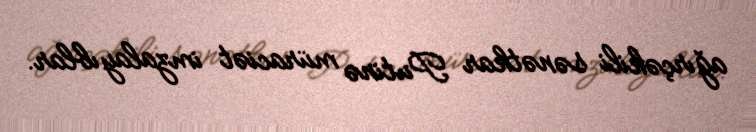
ağırçəkili sənətkar Putinə müraciət imzalayıblar.